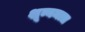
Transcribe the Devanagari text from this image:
शून्यमात्र